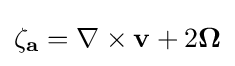
{\textstyle \mathbf {\zeta _{a}} =\nabla \times \mathbf {v} +2\mathbf {\Omega } }